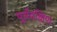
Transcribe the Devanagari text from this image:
पूर्वदक्षिण